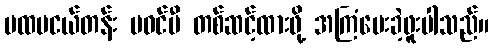
ပထမငယ်တန်း မဝင်မီ တစ်ဆင့်ထားဖို့ အကြံပေးခဲ့ဖူးပါသည်။